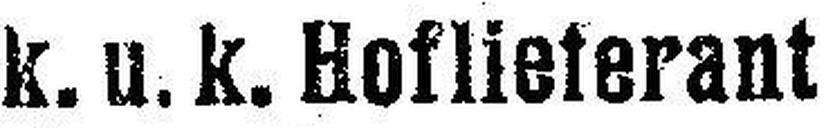
k u. k. Hoflieferant